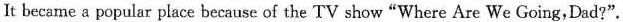
It became a popular place because of the TV show"Where Are We Going,Dad?".